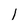
Character: l